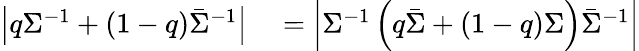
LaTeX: \begin{array}{rl}{\left|q\Sigma^{-1}+(1-q)\bar{\Sigma}^{-1}\right|}&{{}=\left|\Sigma^{-1}\left(q\bar{\Sigma}+(1-q)\Sigma\right)\bar{\Sigma}^{-1}\right|}\end{array}